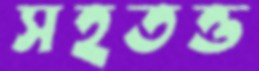
সহতত্ত